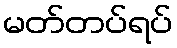
မတ်တပ်ရပ်